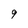
Character: 9